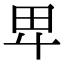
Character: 𤰞